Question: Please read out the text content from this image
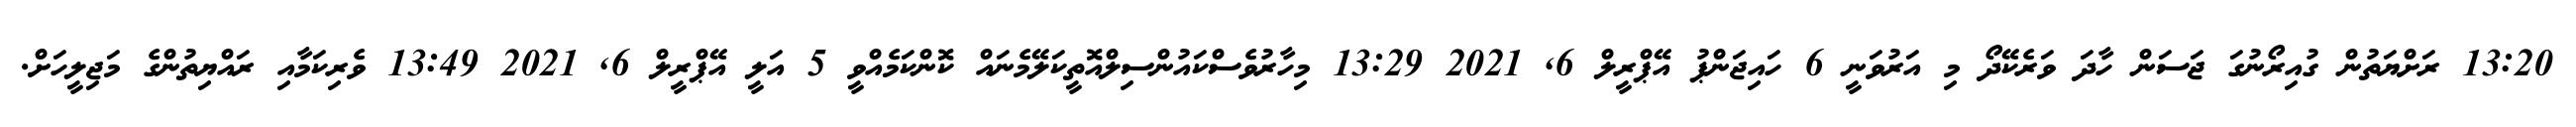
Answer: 13:20 ރަށްޔަތުން ގުއިރޯނުގަ ޖަސަން ހާދަ ވަރެކޭދޯ މި އަރުވަނީ 6 ހައިޖަންޕު އޭޕްރީލް 6, 2021 13:29 މިހާރުވެސްކައުންސިލްއޮތީކަލޭމެނައް ކޮންކަމެއްވީ 5 އަލީ އޭޕްރީލް 6, 2021 13:49 ވެރިކަމާއި ރައްޔިތުންގެ މަޖިލީހަށް.